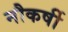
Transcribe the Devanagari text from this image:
नौकर्षी